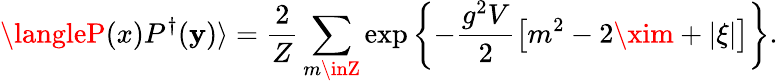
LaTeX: \langleP(x)P^{\dagger}(\mathbf{y})\rangle=\frac{{2}}{{Z}}\sum_{m\inZ}\exp\left\{ -\frac{{g^{2}V}}{{2}}\left[m^{2}-2\xim+\vert\xi\vert\right]\right\} .